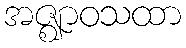
အဇ္ဈာဝသထာ